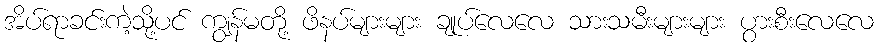
အိပ်ရာခင်းကဲ့သို့ပင် ကျွန်မတို့ ဖိနပ်များများ ချုပ်လေလေ သားသမီးများများ ပွားစီးလေလေ